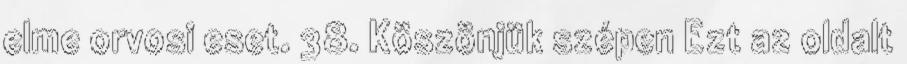
elme orvosi eset. 38. Köszönjük szépen Ezt az oldalt